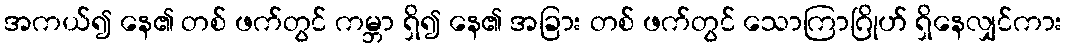
အကယ်၍ နေ၏ တစ် ဖက်တွင် ကမ္ဘာ ရှိ၍ နေ၏ အခြား တစ် ဖက်တွင် သောကြာဂြိုဟ် ရှိနေလျှင်ကား